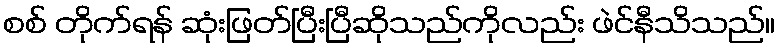
စစ် တိုက်ရန် ဆုံးဖြတ်ပြီးပြီဆိုသည်ကိုလည်း ဖဲင်နီသိသည်။